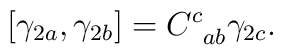
\left[ \gamma _{2a},\gamma _{2b}\right] =C_{\;\;ab}^{c}\gamma _{2c}.